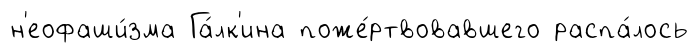
н'еофаши́зма Га́лк'ина поже́ртвовавшего распа́лось